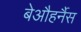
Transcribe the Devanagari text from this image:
बेऔहर्नैस